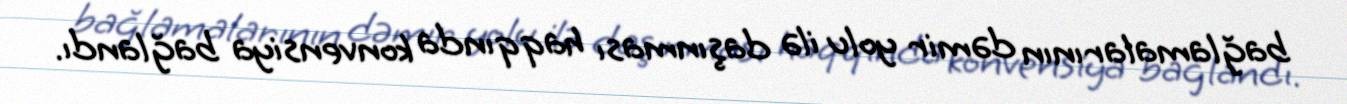
bağlamalarının dəmir yolu ilə daşınması haqqında konvensiya bağlandı.